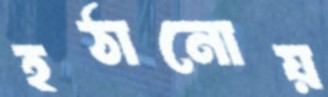
হঠানোয়